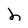
Character: h